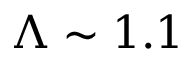
\Lambda \sim 1 . 1